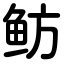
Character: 鲂